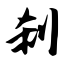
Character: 刹